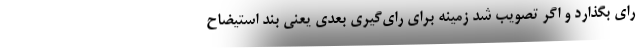
رای بگذارد و اگر تصویب شد زمینه برای رای‌گیری بعدی یعنی بند استیضاح